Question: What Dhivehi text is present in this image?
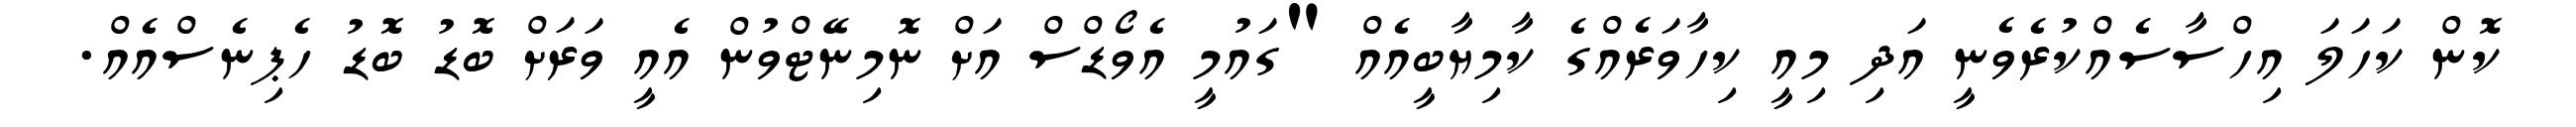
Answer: ކޮން ކަހަލަ އިހްސާސެއްކުރެވެނީ އަދި މިއީ ކިހާވަރެއްގެ ކާމިޔާބީއެއް "ގައުމީ އެވޯޑްސް އަށް ނޮމިނޭޓްވުން އެއީ ވަރަށް ބޮޑު ބޮޑު ހެޕިނެސްއެއް.